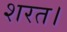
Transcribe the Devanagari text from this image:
शरत।